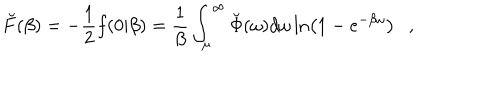
LaTeX: \breve { F } ( \beta ) = - \frac 1 2 f ( 0 | \beta ) = { \frac { 1 } { \beta } } \int _ { \mu } ^ { \infty } \breve { \Phi } ( \omega ) d \omega \ln \left( 1 - e ^ { - \beta \omega } \right) ,